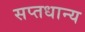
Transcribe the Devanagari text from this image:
सप्तधान्य